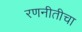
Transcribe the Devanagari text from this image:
रणनीतीचा